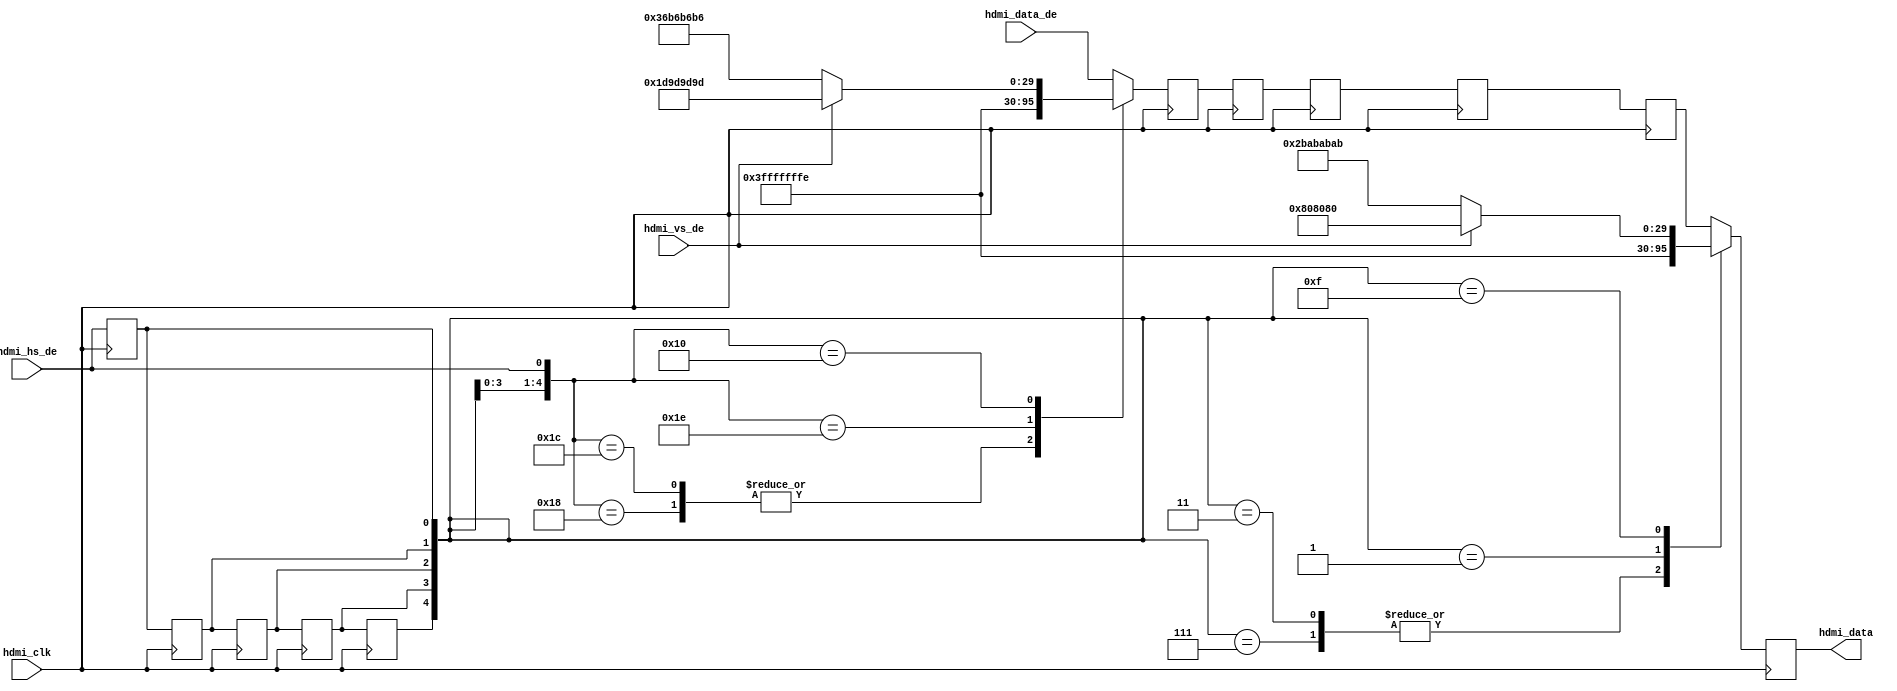
module axi_hdmi_tx_es (

  // hdmi interface

  hdmi_clk,
  hdmi_hs_de,
  hdmi_vs_de,
  hdmi_data_de,
  hdmi_data);

  // parameters

  parameter   DATA_WIDTH = 32;
  localparam  BYTE_WIDTH = DATA_WIDTH/8;

  // hdmi interface

  input                       hdmi_clk;
  input                       hdmi_hs_de;
  input                       hdmi_vs_de;
  input   [(DATA_WIDTH-1):0]  hdmi_data_de;
  output  [(DATA_WIDTH-1):0]  hdmi_data;

  // internal registers

  reg                         hdmi_hs_de_d = 'd0;
  reg     [(DATA_WIDTH-1):0]  hdmi_data_d = 'd0;
  reg                         hdmi_hs_de_2d = 'd0;
  reg     [(DATA_WIDTH-1):0]  hdmi_data_2d = 'd0;
  reg                         hdmi_hs_de_3d = 'd0;
  reg     [(DATA_WIDTH-1):0]  hdmi_data_3d = 'd0;
  reg                         hdmi_hs_de_4d = 'd0;
  reg     [(DATA_WIDTH-1):0]  hdmi_data_4d = 'd0;
  reg                         hdmi_hs_de_5d = 'd0;
  reg     [(DATA_WIDTH-1):0]  hdmi_data_5d = 'd0;
  reg     [(DATA_WIDTH-1):0]  hdmi_data = 'd0;

  // internal wires

  wire    [(DATA_WIDTH-1):0]  hdmi_sav_s;
  wire    [(DATA_WIDTH-1):0]  hdmi_eav_s;

  // hdmi embedded sync insertion

  assign hdmi_sav_s = (hdmi_vs_de == 1) ? {BYTE_WIDTH{8'h80}} : {BYTE_WIDTH{8'hab}};
  assign hdmi_eav_s = (hdmi_vs_de == 1) ? {BYTE_WIDTH{8'h9d}} : {BYTE_WIDTH{8'hb6}};

  always @(posedge hdmi_clk) begin
    hdmi_hs_de_d <= hdmi_hs_de;
    case ({hdmi_hs_de_4d, hdmi_hs_de_3d, hdmi_hs_de_2d,
      hdmi_hs_de_d, hdmi_hs_de})
      5'b11000: hdmi_data_d <= {BYTE_WIDTH{8'h00}};
      5'b11100: hdmi_data_d <= {BYTE_WIDTH{8'h00}};
      5'b11110: hdmi_data_d <= {BYTE_WIDTH{8'hff}};
      5'b10000: hdmi_data_d <= hdmi_eav_s;
      default: hdmi_data_d <= hdmi_data_de;
    endcase
    hdmi_hs_de_2d <= hdmi_hs_de_d;
    hdmi_data_2d <= hdmi_data_d;
    hdmi_hs_de_3d <= hdmi_hs_de_2d;
    hdmi_data_3d <= hdmi_data_2d;
    hdmi_hs_de_4d <= hdmi_hs_de_3d;
    hdmi_data_4d <= hdmi_data_3d;
    hdmi_hs_de_5d <= hdmi_hs_de_4d;
    hdmi_data_5d <= hdmi_data_4d;
    case ({hdmi_hs_de_5d, hdmi_hs_de_4d, hdmi_hs_de_3d,
      hdmi_hs_de_2d, hdmi_hs_de_d})
      5'b00111: hdmi_data <= {BYTE_WIDTH{8'h00}};
      5'b00011: hdmi_data <= {BYTE_WIDTH{8'h00}};
      5'b00001: hdmi_data <= {BYTE_WIDTH{8'hff}};
      5'b01111: hdmi_data <= hdmi_sav_s;
      default:  hdmi_data <= hdmi_data_5d;
    endcase
  end

endmodule